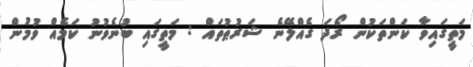
މަތީގައިވާ ކަންތަކުން ރޯދަ ގެއްލޭނެ ޝަރުޠުތައް : މަތީގައި ބުނެވުނު ކަމެއް ވުމުން